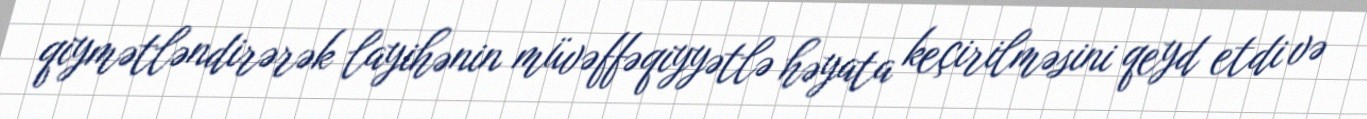
qiymətləndirərək layihənin müvəffəqiyyətlə həyata keçirilməsini qeyd etdi və